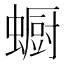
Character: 蟵